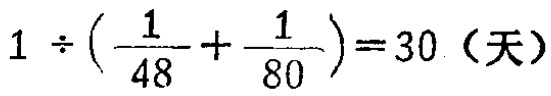
$1\div(\frac{1}{48}+\frac{1}{80}) = 30（天）$